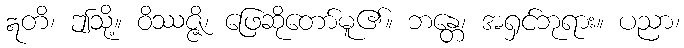
ဣတိ၊ ဤသို့။ ဝိဿဇ္ဇိ၊ ဖြေဆိုတော်မူ၏။ ဘန္တေ၊ အရှင်ဘုရား။ ပညာ၊